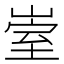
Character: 𡹭